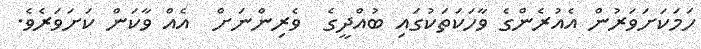
ހަމަކަށަވަރުން އެއުރެންގެ ވާހަކަތަކުގައި ބުއްދީގެ  ވެރިންނަށް  އެއް ވާކަން ކަށަވަރެވެ.